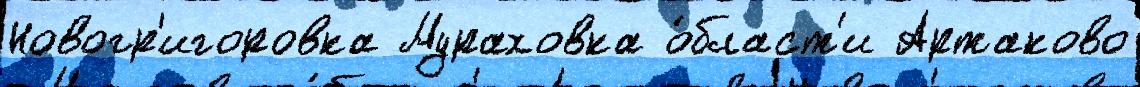
Новогр'игоровка Мураховка о́бласт'и Артаково